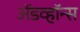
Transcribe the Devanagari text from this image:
ॲडव्हॉन्स